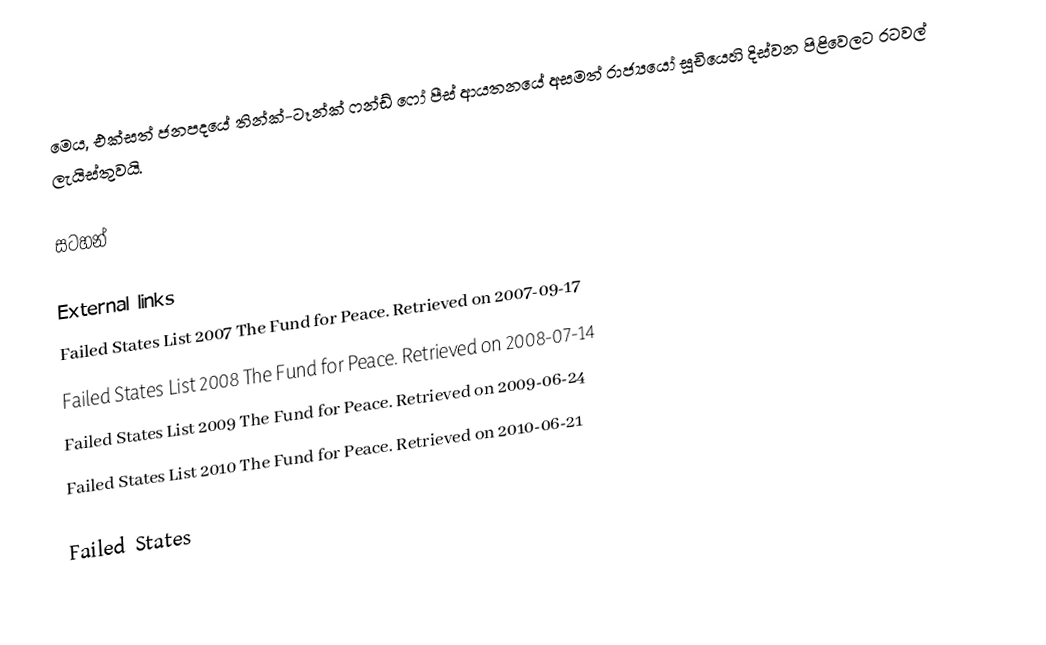
මෙය, එක්සත් ජනපදයේ තින්ක්-ටෑන්ක් ෆන්ඩ් ෆෝ පීස් ආයතනයේ අසමත් රාජ්‍යයෝ සූචියෙහි දිස්වන පිළිවෙලට රටවල් ලැයිස්තුවයි.

සටහන්

External links
 Failed States List 2007 The Fund for Peace. Retrieved on 2007-09-17
 Failed States List 2008 The Fund for Peace. Retrieved on 2008-07-14
 Failed States List 2009 The Fund for Peace. Retrieved on 2009-06-24
 Failed States List 2010 The Fund for Peace. Retrieved on 2010-06-21

Failed States